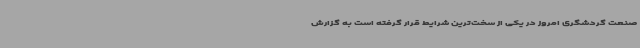
صنعت گردشگری امروز در یکی از سخت‌ترین شرایط قرار گرفته است به گزارش